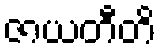
ဇာယတီတိ